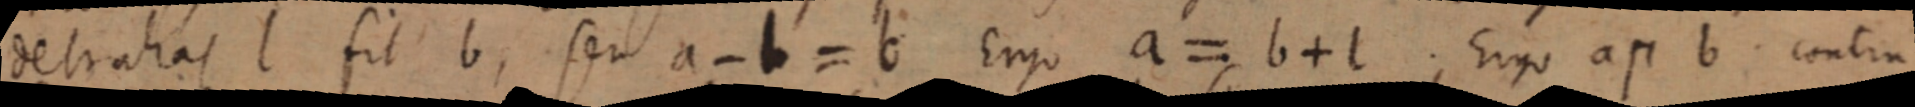
detrahas l sit b, seu a - b = b Ergo a = b + l. Ergo a п b. contra